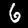
Digit: 6